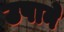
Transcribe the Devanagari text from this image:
उषाने